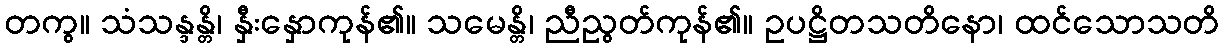
တကွ။ သံသန္ဒန္တိ၊ နှီးနှောကုန်၏။ သမေန္တိ၊ ညီညွတ်ကုန်၏။ ဥပဋ္ဌိတသတိနော၊ ထင်သောသတိ